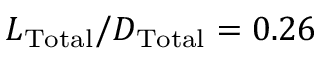
L _ { \mathrm { T o t a l } } / D _ { \mathrm { T o t a l } } = 0 . 2 6